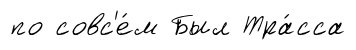
по совс'е́м Был Тра́сса